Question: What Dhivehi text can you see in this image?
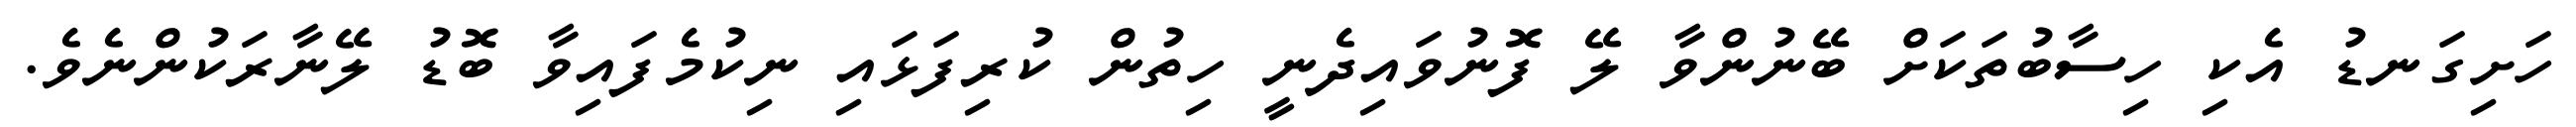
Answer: ހަށިގަނޑު އެކި ހިސާބުތަކަށް ބޭނުންވާ ލޭ ފޮނުވައިދެނީ ހިތުން ކުރިފަޅައި ނިކުމެފައިވާ ބޮޑު ލޭނާރަކުންނެވެ.